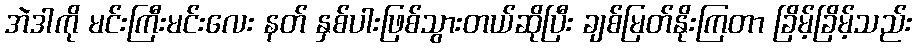
အဲဒါကို မင်းကြီးမင်းလေး နတ် နှစ်ပါးဖြစ်သွားတယ်ဆိုပြီး ချစ်မြတ်နိုးကြတာ ခြိမ့်ခြိမ့်သည်း